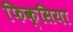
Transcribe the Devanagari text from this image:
फिक्सिया